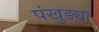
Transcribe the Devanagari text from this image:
पंखुड्या